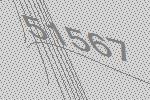
51567